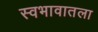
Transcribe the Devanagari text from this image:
स्वभावातला